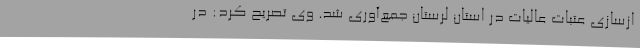
ازسازی عتبات عالیات در استان لرستان جمع‌آوری شد. وی تصریح کرد: در